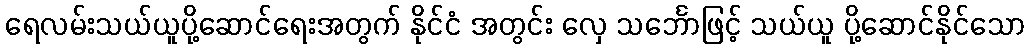
ရေလမ်းသယ်ယူပို့ဆောင်ရေးအတွက် နိုင်ငံ အတွင်း လှေ သင်္ဘောဖြင့် သယ်ယူ ပို့ဆောင်နိုင်သော